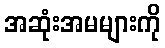
အဆုံးအမများကို